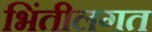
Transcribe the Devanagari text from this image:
भिंतीलगत